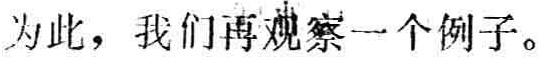
为此，我们再观察一个例子。